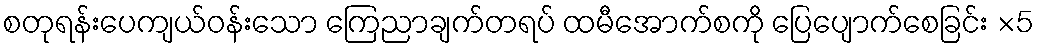
စတုရန်းပေကျယ်ဝန်းသော ကြေညာချက်တရပ် ထမီအောက်စကို ပြေပျောက်စေခြင်း ×5